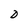
Character: D